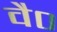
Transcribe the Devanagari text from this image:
वै०